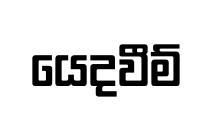
යෙදවීම්